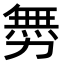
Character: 𠢬